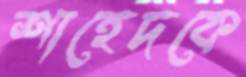
শাহেদকে